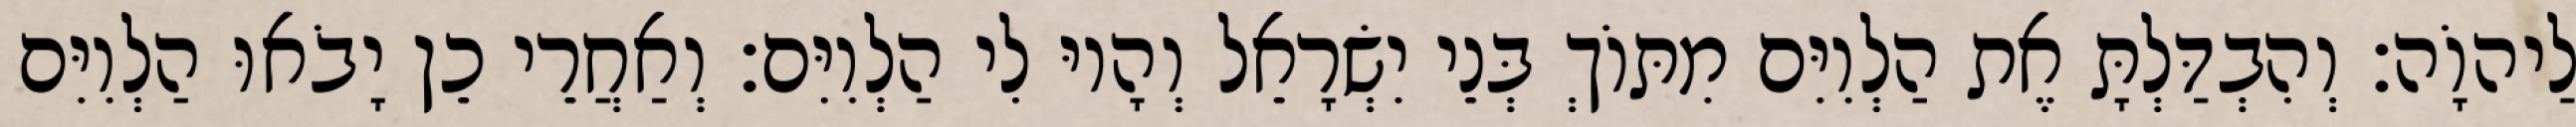
לַיהוָֹה׃ וְהִבְדַּלְתָּ אֶת הַלְוִיִּם מִתּוֹךְ בְּנֵי יִשְׂרָאֵל וְהָיוּ לִי הַלְוִיִּם׃ וְאַחֲרֵי כֵן יָבֹאוּ הַלְוִיִּם